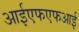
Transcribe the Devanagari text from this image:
आईएफएफआई